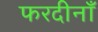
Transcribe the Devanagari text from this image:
फरदीनाँ